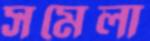
সমেলা